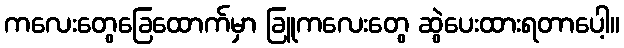
ကလေးတွေခြေထောက်မှာ ခြူကလေးတွေ ဆွဲပေးထားရတာပေါ့။